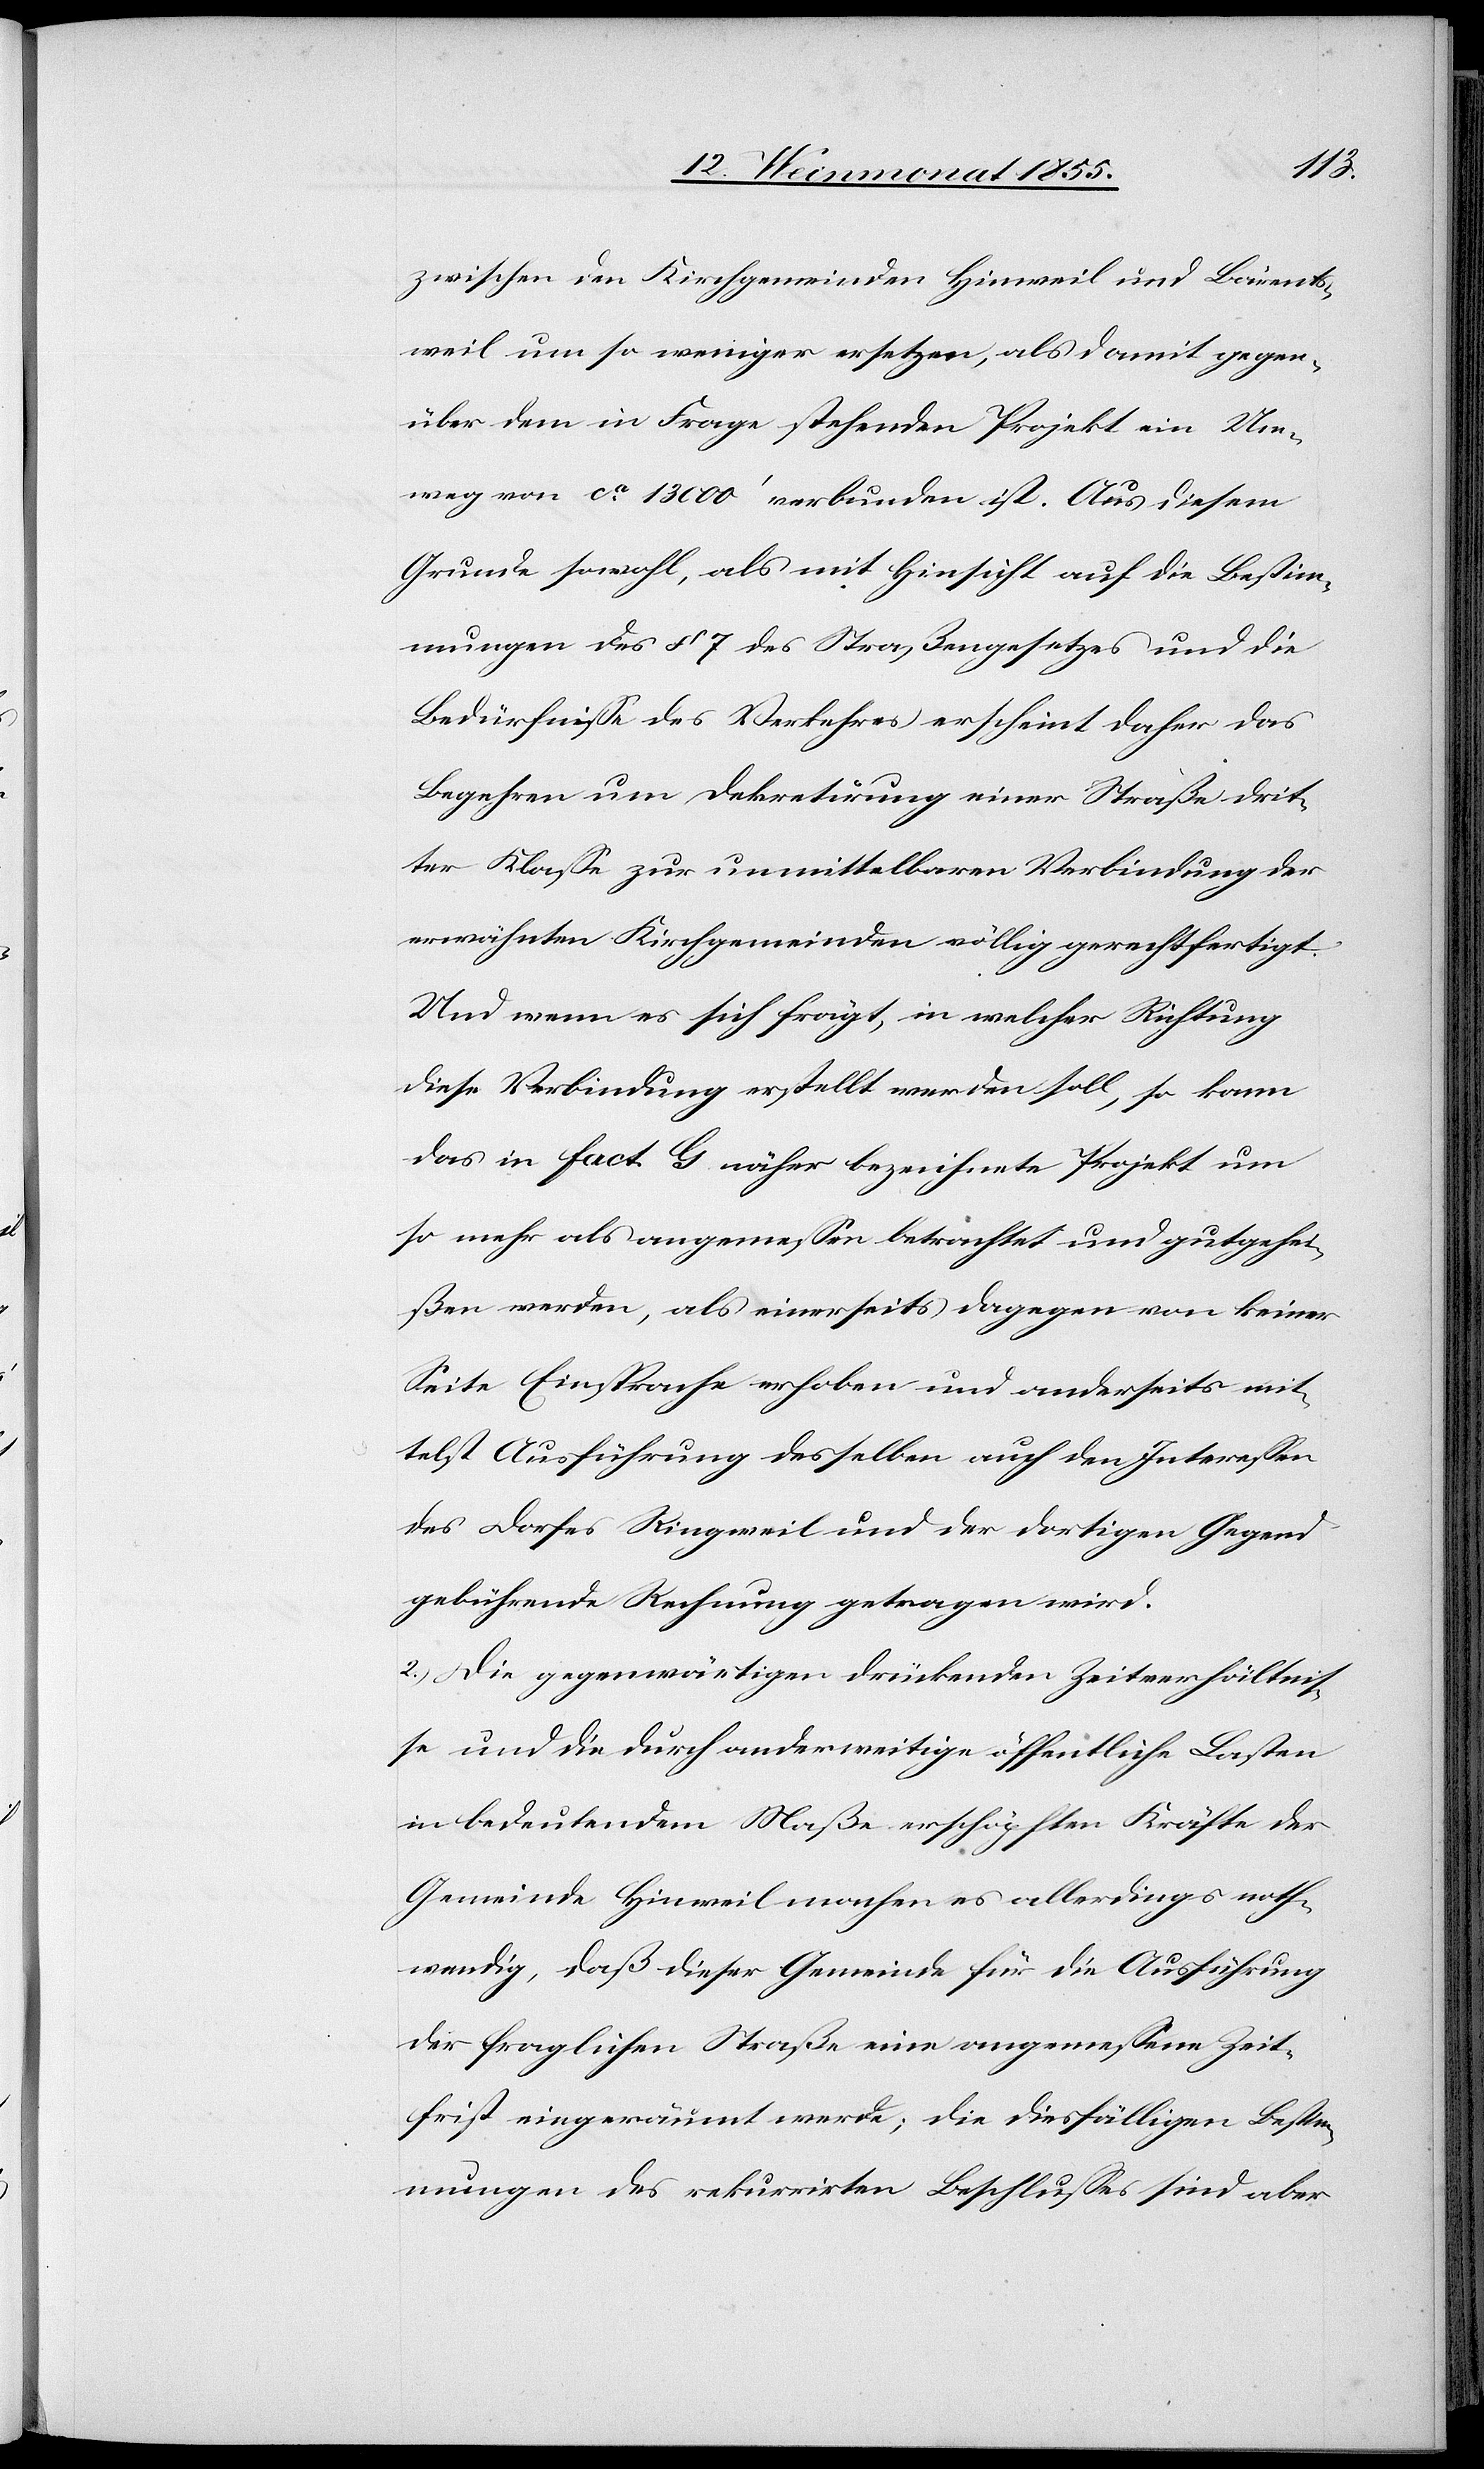
zwischen den Kirchgemeinden Hinweil und Bärents¬
weil um so weniger ersetzen, als damit gegen¬
über dem in Frage stehenden Projekt ein Um¬
weg von ca. 13 000‘ verbunden ist. Aus diesem
Grunde sowohl, als mit Hinsicht auf die Bestim¬
mungen des § 7 des Straßengesetzes und die
Bedürfnisse des Verkehres erscheint daher das
Begehren um Dekretirung einer Straße drit¬
ter Klasse zur unmittelbaren Verbindung der
erwähnten Kirchgemeinden völlig gerechtfertigt.
Und wenn es sich frägt, in welcher Richtung
diese Verbindung erstellt werden soll, so kann
das in Fact. G. näher bezeichnete Projekt um
so mehr als angemessen betrachtet und gutgehei¬
ßen werden, als einerseits dagegen von keiner
Seite Einsprache erhoben und anderseits mit¬
telst Ausführung desselben auch den Interessen
des Dorfes Ringweil und der dortigen Gegend
gebührende Rechnung getragen wird.
2.) Die gegenwärtigen drückenden Zeitverhältnis¬
se und die durch anderweitige öffentliche Lasten
in bedeutendem Maße erschöpften Kräfte der
Gemeinde Hinweil machen es allerdings noth¬
wendig, daß dieser Gemeinde für die Ausführung
der fraglichen Straße eine angemessene Zeit¬
frist eingeräumt werde; die diesfälligen Besti¬
mmungen des rekurrirten Beschlusses sind aber